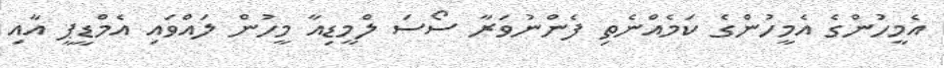
އެމީހުންގެ އެމީހުންގެ ކަމެއްނެތި ފެންނުވަރާ ސޯސަ ލްމީޑިއާ މީހުން ލައްވައި އެމްޑީޕީ އާއި